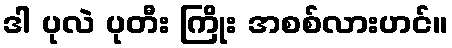
ဒါ ပုလဲ ပုတီး ကြိုး အစစ်လားဟင်။